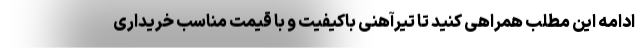
ادامه این مطلب همراهی کنید تا تیرآهنی باکیفیت و با قیمت مناسب خریداری